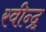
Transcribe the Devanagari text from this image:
रवीन्द्र्